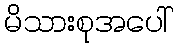
မိသားစုအပေါ်